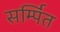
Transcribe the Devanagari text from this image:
सर्म्पित